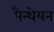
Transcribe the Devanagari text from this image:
पैन्थेयन